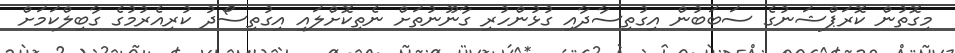
މިގޮތުން ކޮރަޕްޝަނުގެ ސަބަބުން އިގުތިސާދާއި ގުޅުންހުރި ގާނޫނުތަށް ނެތިކޮށްލައި އިގުތިސޯދު ކުރިއެރުމުގެ ގާބިލްކަމަށް